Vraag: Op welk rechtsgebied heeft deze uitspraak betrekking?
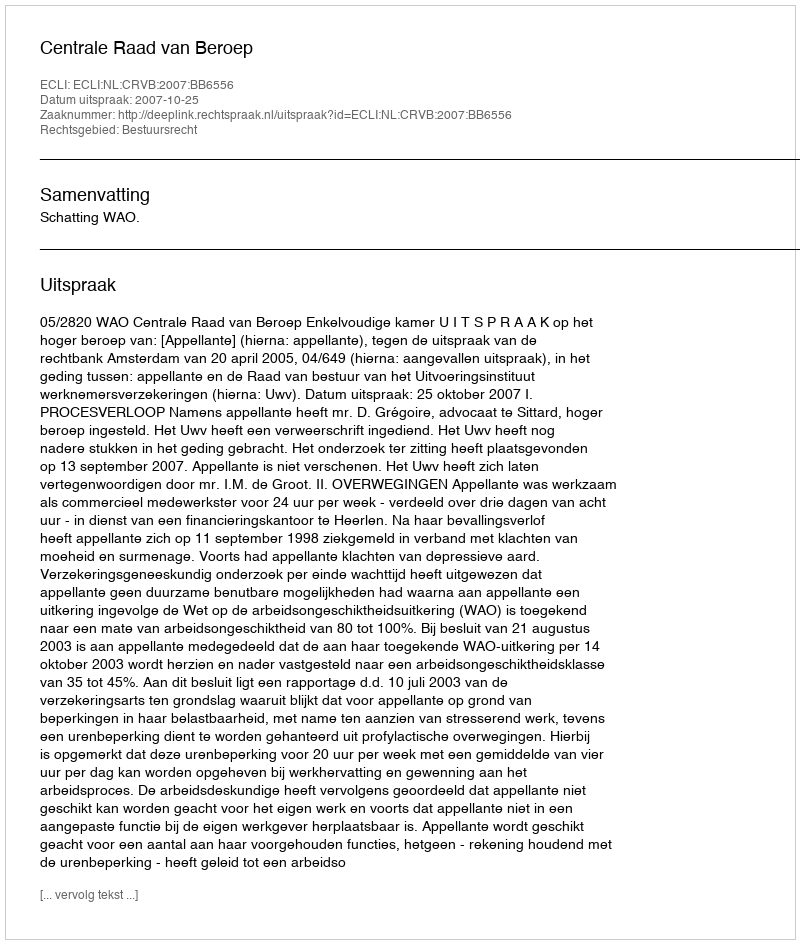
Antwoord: Bestuursrecht